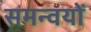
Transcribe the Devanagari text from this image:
समन्वयों